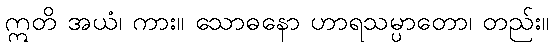
ဣတိ အယံ၊ ကား။ သောဓနော ဟာရသမ္ပာတော၊ တည်း။